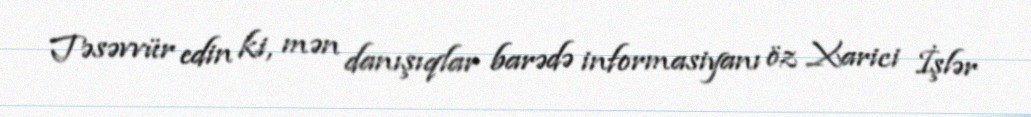
Təsəvvür edin ki, mən danışıqlar barədə informasiyanı öz Xarici İşlər